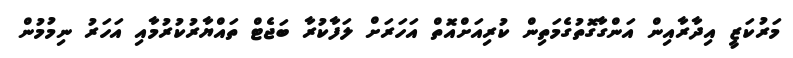
މަރުކަޒީ އިދާރާއިން އަންގާގޮތުގެމަތިން ކުރިއަށްއޮތް އަހަރަށް ލަފާކުރާ ބަޖެޓް ތައްޔާރުކުރުމާއި އަހަރު ނިމުމުން